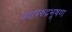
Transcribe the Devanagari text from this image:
प्रतापरुद्रभूषण